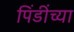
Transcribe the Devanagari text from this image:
पिंडींच्या